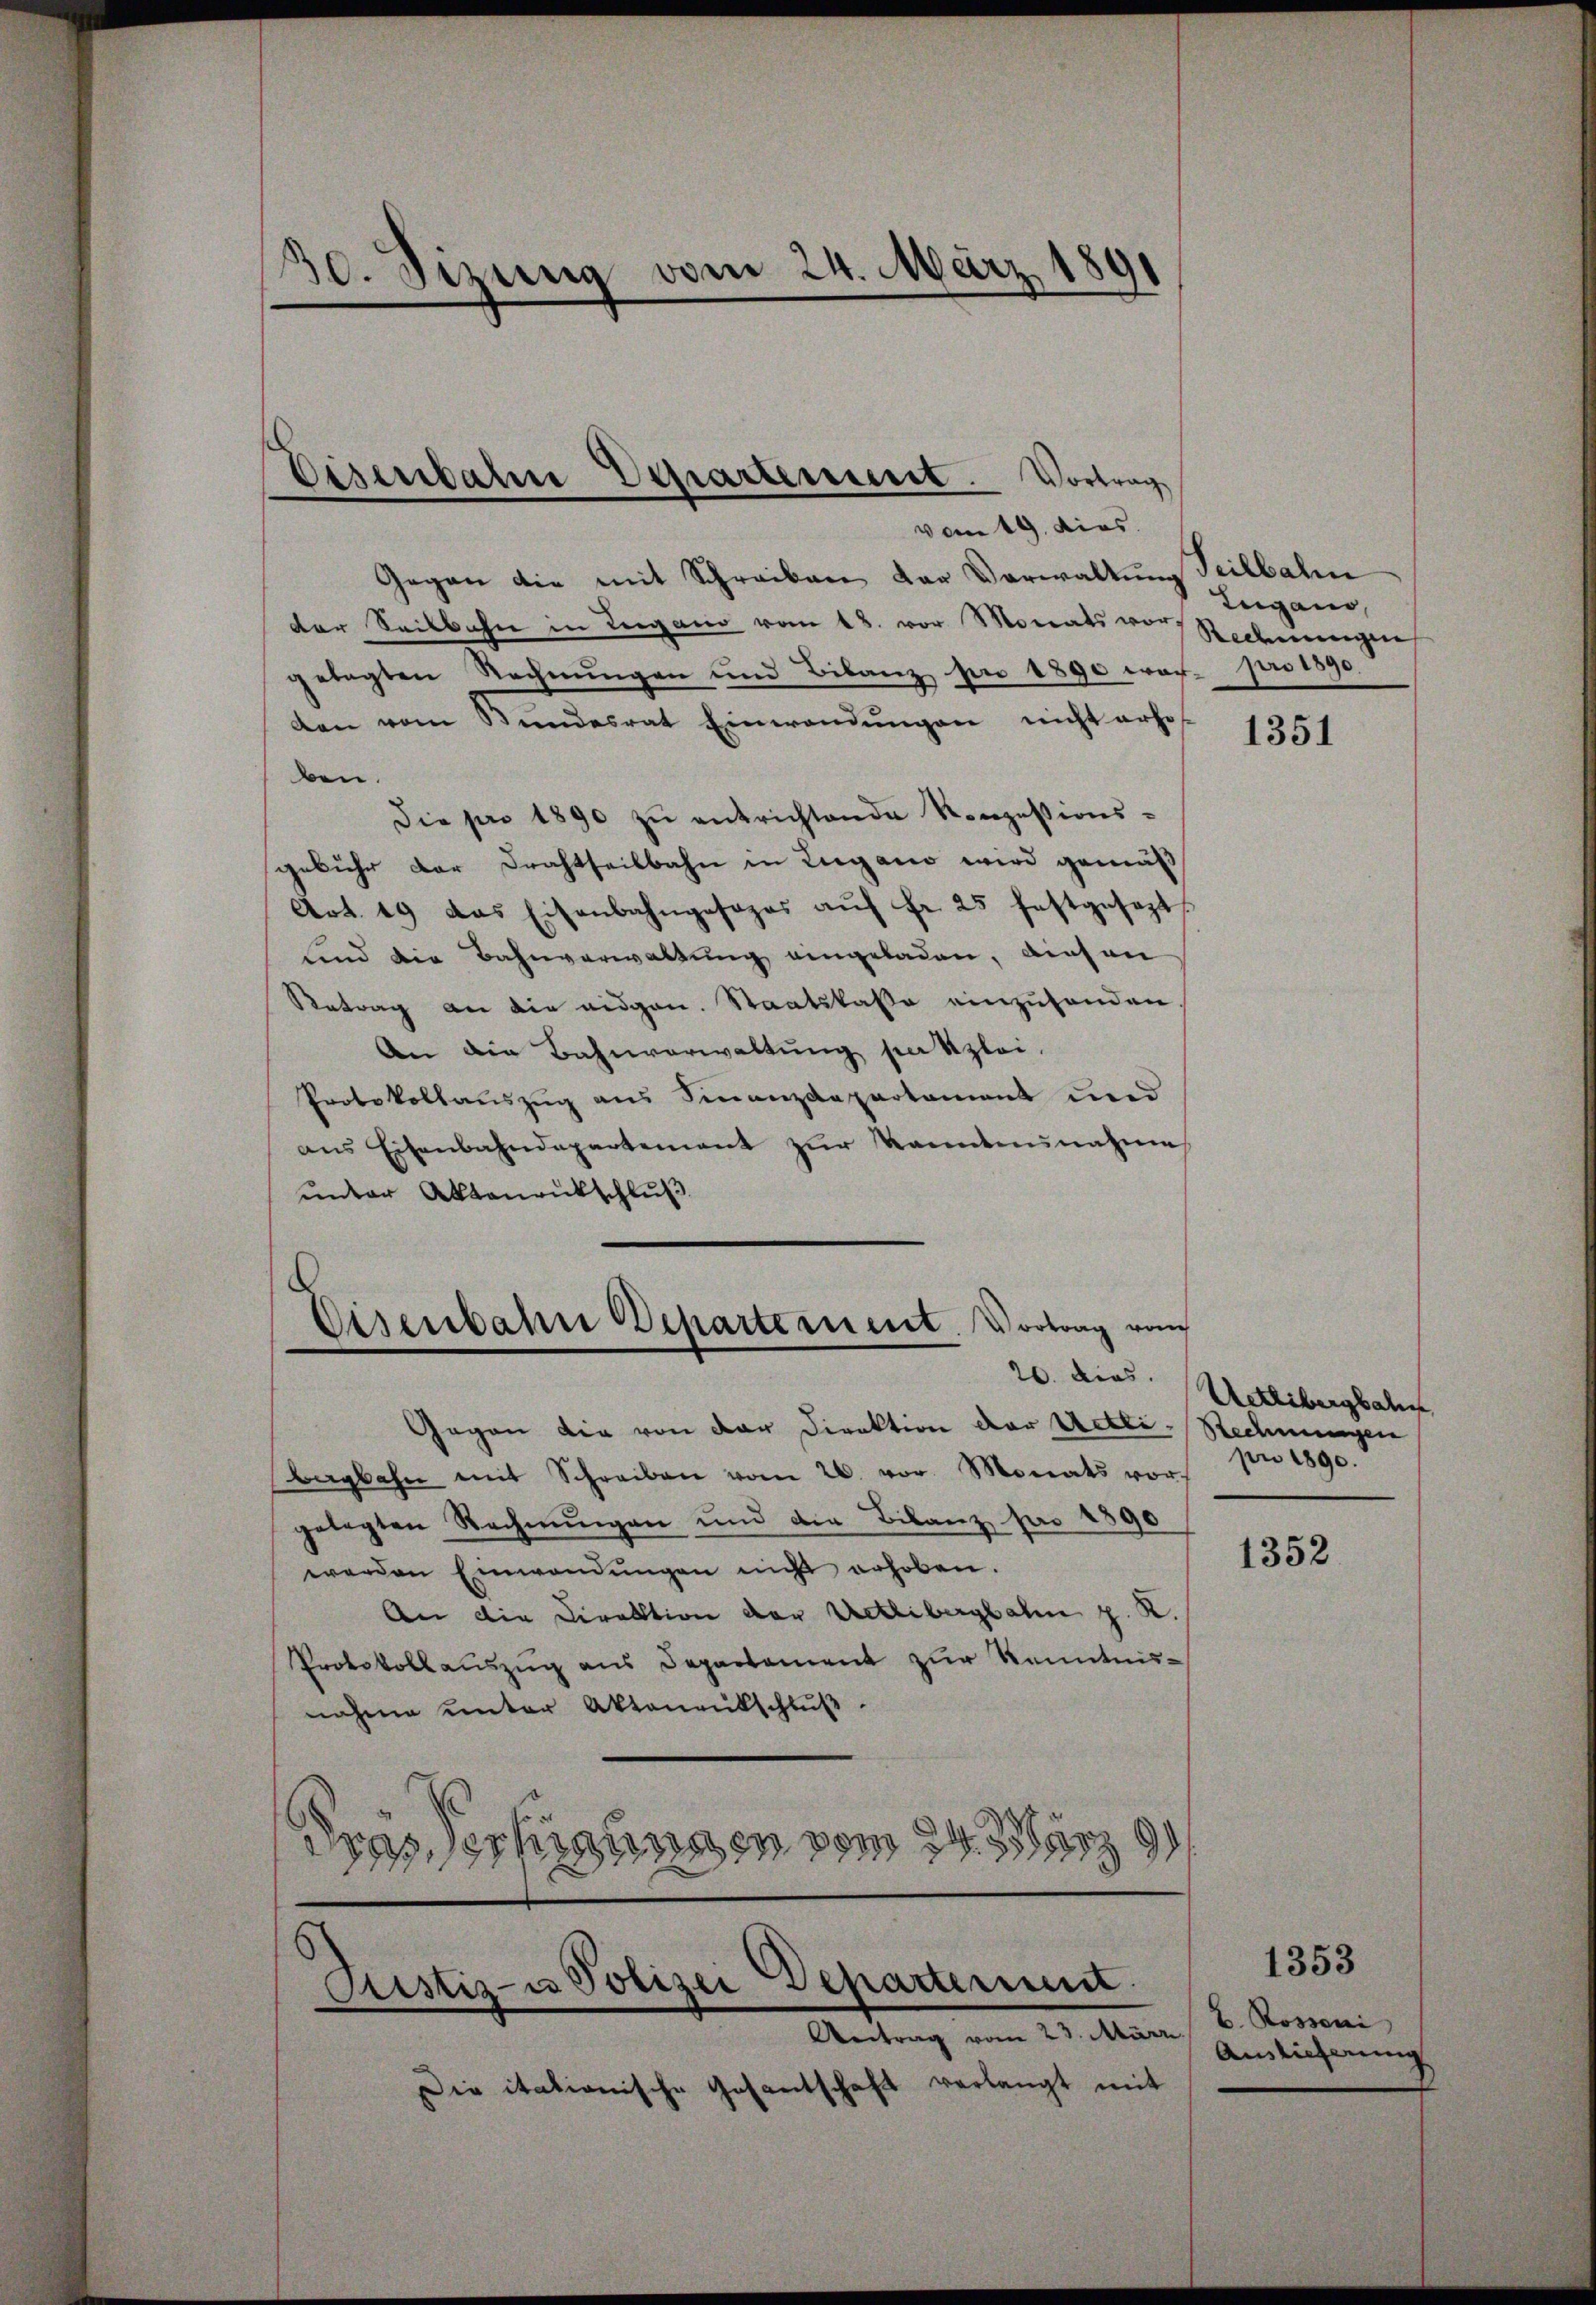
30. Sizung vom 24. März 1891

Eisenbahne Departement. Vortrag

Eisenbahn Departement. Vortrag vom

vom 19. dies
Gegen die mit Schreiben der Verwaltung Teilbali
der Seitbahn in Lugano vom 18. vor Monats von Rechnungen
gelegten Rechnŭngen und Bilanz per 1890 vor- pro 1890
den vom Bŭndesrat Einwendŭngen nicht erhof
ben.
Die pro 1890 zu entrichtende Konzessions-
gebühr dar Drahtseitbahn in Lugano wird gemäß
Art. 49 das Eisenbahngesopas aŭf fr. 25 festgesezt.
Kind die Bahnverwaltung eingeladen, diesen
Betrag an die eidgen. Staatskasse einzuhanden
An die Bahnverwaltŭng patzlei.
Protokollauszug aus Finanzdepartament und
ans Eisenbahndepartement zur kanntnunahme
unter Aktenrutschluß

Rustiz- u Polizei Departement
e
Antrag vom 23. März.

Die itationische Gesantschaft verlangt mit

Gegen die von der Direktion der Uetli-Rechnungen
Bergbahn mit Schreiben vom 26. vor. Monats vor
gelegten Rechnungen und die Bilanz pro 1890
werden Einwendŭngen nicht erhoben.
An die Direktion der Uetlibergbahn z. K.
Protokollauszug aus Departement zur Kenntnisnahme unter Aktenentschlŭβ
das erfügungen vom 24. März 190

Zugano,

1351

20. dies Uetlibergbah
pro 1890.

1352

1353
E. Rossoni
Auslieferung